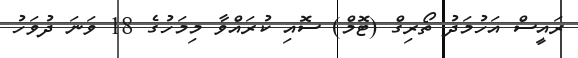
ރައީސް އަހުމަދު ތޯރިގް (ޓޮމް) ސޮއި ކުރައްވާ މިމަހުގެ 18 ވަނަ ދުވަހު